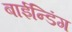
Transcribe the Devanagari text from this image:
बाईन्डिंग